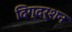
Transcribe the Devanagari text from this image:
दिग्‍दर्शन